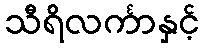
သီရိလင်္ကာနှင့်